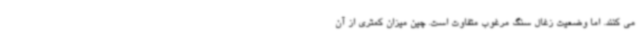
می کنند. اما وضعیت زغال سنگ مرغوب متفاوت است. چین میزان کمتری از آن